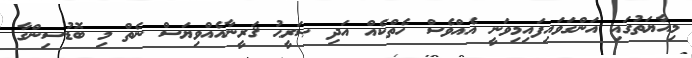
މިއާޔަތުގައި އަންގަވައިފައިމިވަނީ އެއްވެސް ހެތްކެއް އަދި ޞަރީޙު ޤަރީނާއެއްވިޔަސް ނެތް މި ބޮޑުސިންގާ